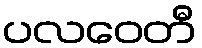
ပလဝေတီ